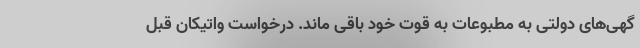
گهی‌های دولتی به مطبوعات به قوت خود باقی ماند. درخواست واتیکان قبل